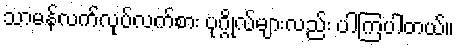
သာမန်လက်လုပ်လက်စား ပုဂ္ဂိုလ်များလည်း ပါကြပါတယ်။